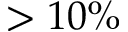
> 1 0 \%